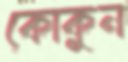
কোকুন